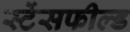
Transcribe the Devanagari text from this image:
स्टेंसफील्ड